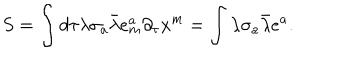
LaTeX: S = \int d \tau \lambda \sigma _ { a } \bar { \lambda } e _ { m } ^ { a } \partial _ { \tau } x ^ { m } = \int \lambda \sigma _ { a } \bar { \lambda } e ^ { a } .